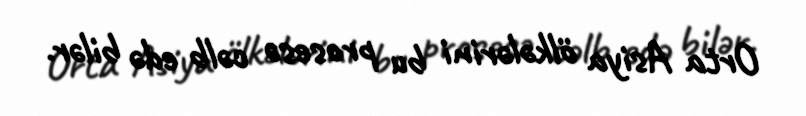
Orta Asiya ölkələrini bu prosesə cəlb edə bilər.